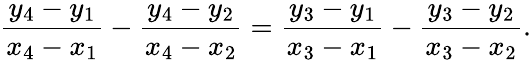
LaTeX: {\frac{y_{4}-y_{1}}{x_{4}-x_{1}}}-{\frac{y_{4}-y_{2}}{x_{4}-x_{2}}}={\frac{y_{3}-y_{1}}{x_{3}-x_{1}}}-{\frac{y_{3}-y_{2}}{x_{3}-x_{2}}}.